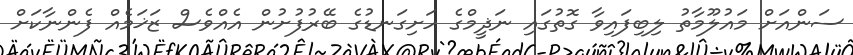
ސަންއަށް މައުލޫމާތު ލިބިފައިވާ ގޮތުގައި ނަޛީމްގެ ހަށިގަނޑުގެ ބޭރުފުށުން އެއްވެސް ޒަޚަމެއް ފެންނާކަށް